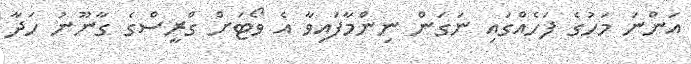
އަންނަ މަހުގެ ފަހެއްގައި ނަގަން ނިންމާފައިވާ އެ ވޯޓަށް ގްރީސްގެ ގާނޫނު ހަދާ